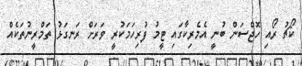
ކޯޗު ރޯއި ހޮޖްސަން ބުނީ އެމެރިކާގައި ޓީމު ފުރިހަމަކުރީ ވަރަށް ރަނގަޅު ތަމްރީނުތަކެއް